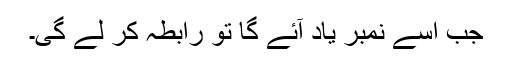
جب اسے نمبر یاد آئے گا تو رابطہ کر لے گی۔